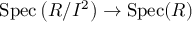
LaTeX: \operatorname { S p e c } \left( R / I ^ { 2 } \right) \to \operatorname { S p e c } ( R )